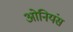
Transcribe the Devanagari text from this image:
ओनियंस